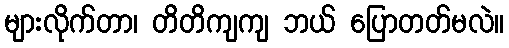
များလိုက်တာ၊ တိတိကျကျ ဘယ် ပြောတတ်မလဲ။